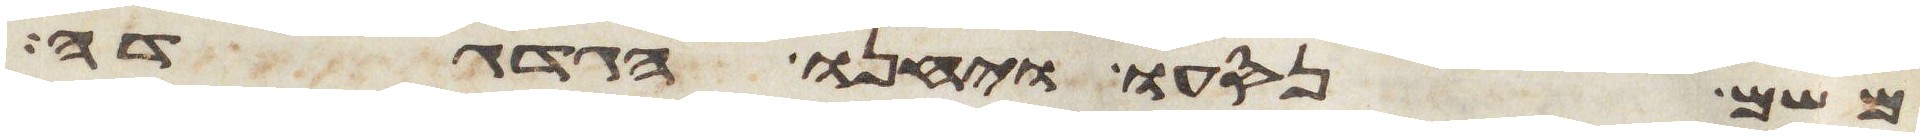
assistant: משם נסעו ויחנו הגדגדה